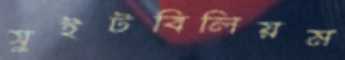
সুইটবিলিয়ম